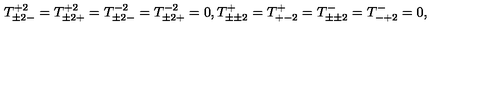
T _ { \pm 2 - } ^ { + 2 } = T _ { \pm 2 + } ^ { + 2 } = T _ { \pm 2 - } ^ { - 2 } = T _ { \pm 2 + } ^ { - 2 } = 0 , T _ { \pm \pm 2 } ^ { + } = T _ { + - 2 } ^ { + } = T _ { \pm \pm 2 } ^ { - } = T _ { - + 2 } ^ { - } = 0 ,